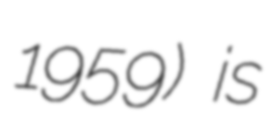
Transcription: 1959) is